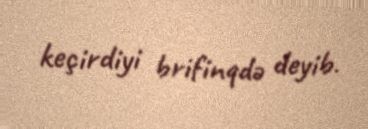
keçirdiyi brifinqdə deyib.